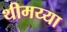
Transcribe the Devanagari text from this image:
थीमय्या